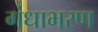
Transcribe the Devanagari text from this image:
गंधाभरण